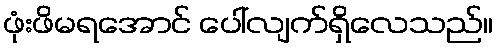
ဖုံးဖိမရအောင် ပေါ်လျက်ရှိလေသည်။